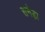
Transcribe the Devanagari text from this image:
सनेड़ा